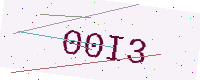
Text: 00I3